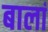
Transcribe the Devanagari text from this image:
बालां